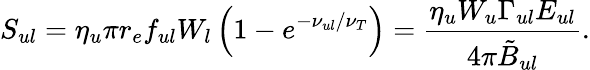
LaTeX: S_{ul}=\eta_{u}\pi r_{e}f_{ul}W_{l}\left(1-e^{-\nu_{ul}/\nu_{T}}\right)=\frac{\eta_{u}W_{u}\Gamma_{ul}E_{ul}}{4\pi\tilde{B}_{ul}}.